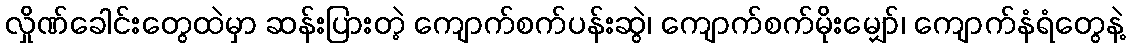
လှိုဏ်ခေါင်းတွေထဲမှာ ဆန်းပြားတဲ့ ကျောက်စက်ပန်းဆွဲ၊ ကျောက်စက်မိုးမျှော်၊ ကျောက်နံရံတွေနဲ့